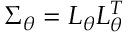
\Sigma _ { \theta } = L _ { \theta } L _ { \theta } ^ { T }